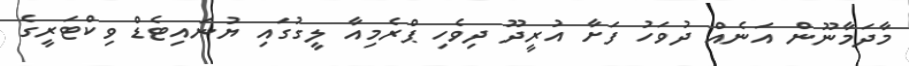
މާދަމާނޫން އަނެއް ދުވަހު ފަށާ އުރީދޫ ދިވެހި ޕްރެމިއާ ލީގުގައި ޔުނައިޓެޑް ވިކްޓަރީގެ